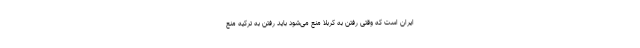
ایران است که وقتی رفتن به کربلا منع می‌شود باید رفتن به ترکیه منع